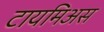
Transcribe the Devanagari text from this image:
टायमिअस